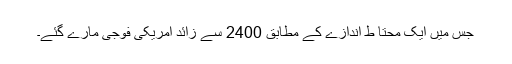
جس میں ایک محتا ط اندازے کے مطابق 2400 سے زائد امریکی فوجی مارے گئے۔